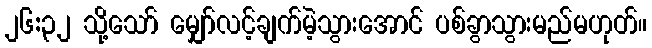
၂၆:၃၂ သို့သော် မျှော်လင့်ချက်မဲ့သွားအောင် ပစ်ခွာသွားမည်မဟုတ်။